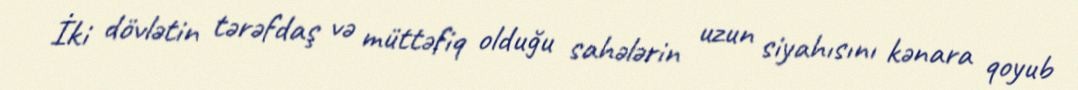
İki dövlətin tərəfdaş və müttəfiq olduğu sahələrin uzun siyahısını kənara qoyub